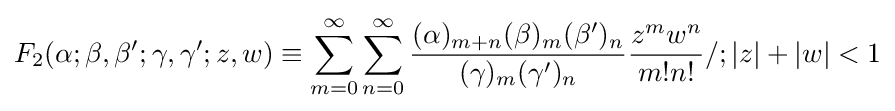
F_{2}(\alpha ;\beta ,\beta ';\gamma ,\gamma ';z,w)\equiv \sum _{m=0}^{\infty }\sum _{n=0}^{\infty }{\frac {(\alpha )_{m+n}(\beta )_{m}(\beta ')_{n}}{(\gamma )_{m}(\gamma ')_{n}}}{\frac {z^{m}w^{n}}{m!n!}}/;|z|+|w|<1